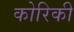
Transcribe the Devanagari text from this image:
कोरिकी